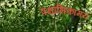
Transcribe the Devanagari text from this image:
पक्षाभिकामय